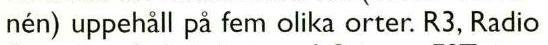
nén) uppehåll på fem olika orter. R3, Radio